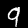
Label: 9